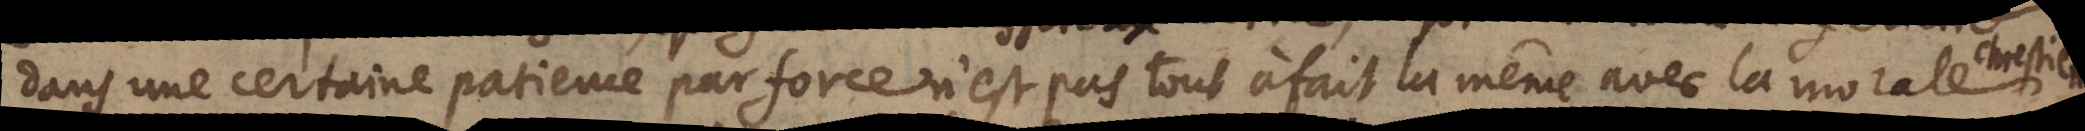
dans une certaine patience par force, n’est pas tout a fait la même avec la morale Chrestienne.